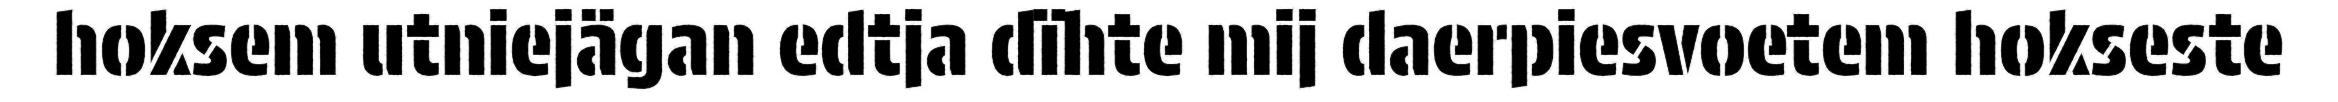
hoksem utniejägan edtja dïhte mij daerpiesvoetem hokseste